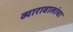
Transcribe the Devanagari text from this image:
व्यारावालांचा